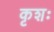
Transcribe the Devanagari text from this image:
कृशः